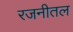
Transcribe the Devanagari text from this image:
रजनीतल